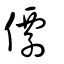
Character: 僊